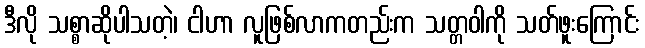
ဒီလို သစ္စာဆိုပါသတဲ့၊ ငါဟာ လူဖြစ်လာကတည်းက သတ္တဝါကို သတ်ဖူးကြောင်း